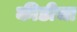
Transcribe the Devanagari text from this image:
कीडीचा